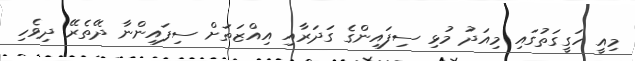
މިއީ ހަގީގަތުގައި މިއަދު މުޅި ސިފައިންގެ ގަދަރާއި އިއްޒަތަށް ސިފައިންނާ ދޭތެރޭ ދިވެހި